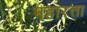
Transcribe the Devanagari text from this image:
महारत्ता